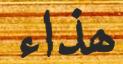
ھذاء